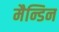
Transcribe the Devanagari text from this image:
मैन्डिन